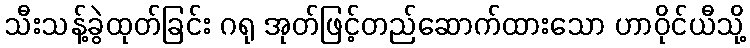
သီးသန့်ခွဲထုတ်ခြင်း ဂရု အုတ်ဖြင့်တည်ဆောက်ထားသော ဟာဝိုင်ယီသို့